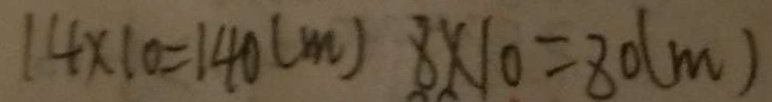
1 4 \times 1 0 = 1 4 0 ( m ) 8 \times 1 0 = 8 0 ( m )